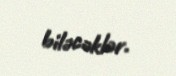
biləcəklər.